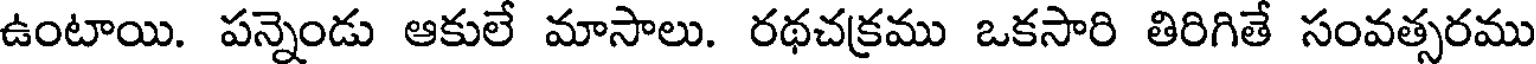
ఉంటాయి. పన్నెండు ఆకులే మాసాలు. రథచక్రము ఒకసారి తిరిగితే సంవత్సరము